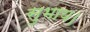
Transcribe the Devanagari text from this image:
सुभाय।